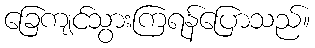
ခြေကျင်သွားကြရန်ပြောသည်။